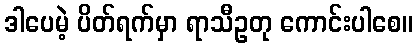
ဒါပေမဲ့ ပိတ်ရက်မှာ ရာသီဥတု ကောင်းပါစေ။